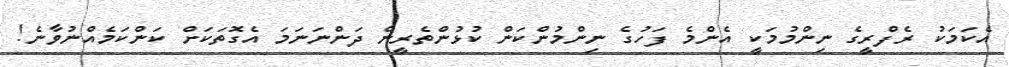
އެކަމަކު ރެފްރީގެ ނިންމުމަކީ އެންމެ ފަހުގެ ނިންމުންކަން ކުޅުންތެރީން ދަންނަނަމަ އެގޮތަކަށް ކަންކަމެއްނުވާނެ!